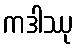
ကဒါဿု